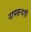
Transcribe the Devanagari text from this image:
नापसन्दगी